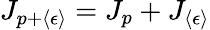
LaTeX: J_{p+\langle\epsilon\rangle}=J_{p}+J_{\langle\epsilon\rangle}